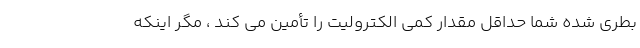
بطری شده شما حداقل مقدار کمی الکترولیت را تأمین می کند ، مگر اینکه